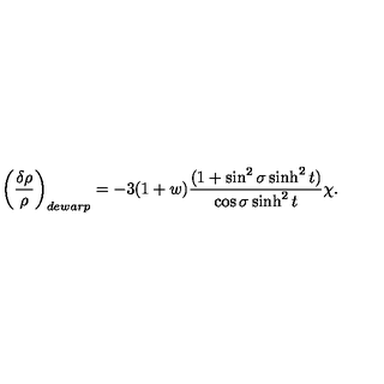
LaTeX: \left( \frac { \delta \rho } { \rho } \right) _ { d e w a r p } = - 3 ( 1 + w ) \frac { ( 1 + \sin ^ { 2 } \sigma \sinh ^ { 2 } t ) } { \cos \sigma \sinh ^ { 2 } t } \chi .